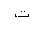
Letter: _ta